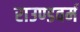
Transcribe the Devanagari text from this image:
राउण्डवर्म